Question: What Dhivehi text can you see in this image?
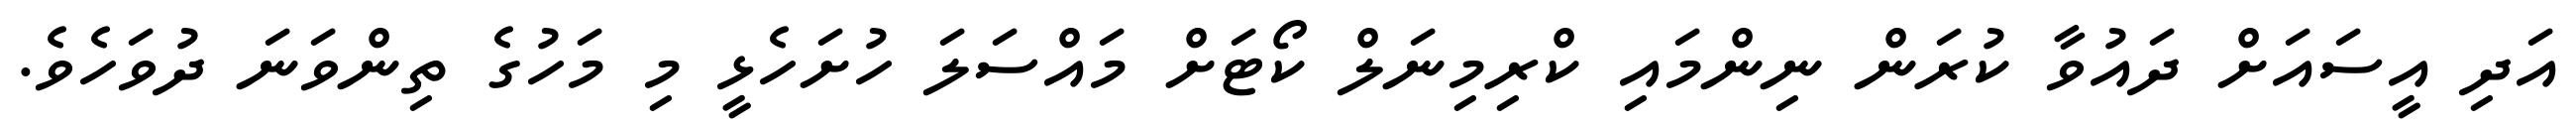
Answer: އަދި އީސައަށް ދައުވާ ކުރަން ނިންމައި ކްރިމިނަލް ކޯޓަށް މައްސަލަ ހުށަހެޅީ މި މަހުގެ ތިންވަނަ ދުވަހެވެ.